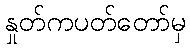
နှုတ်ကပတ်တော်မှ